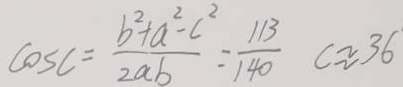
\cos C = \frac { b ^ { 2 } + a ^ { 2 } - c ^ { 2 } } { 2 a b } = \frac { 1 1 3 } { 1 4 0 } c \approx 3 6